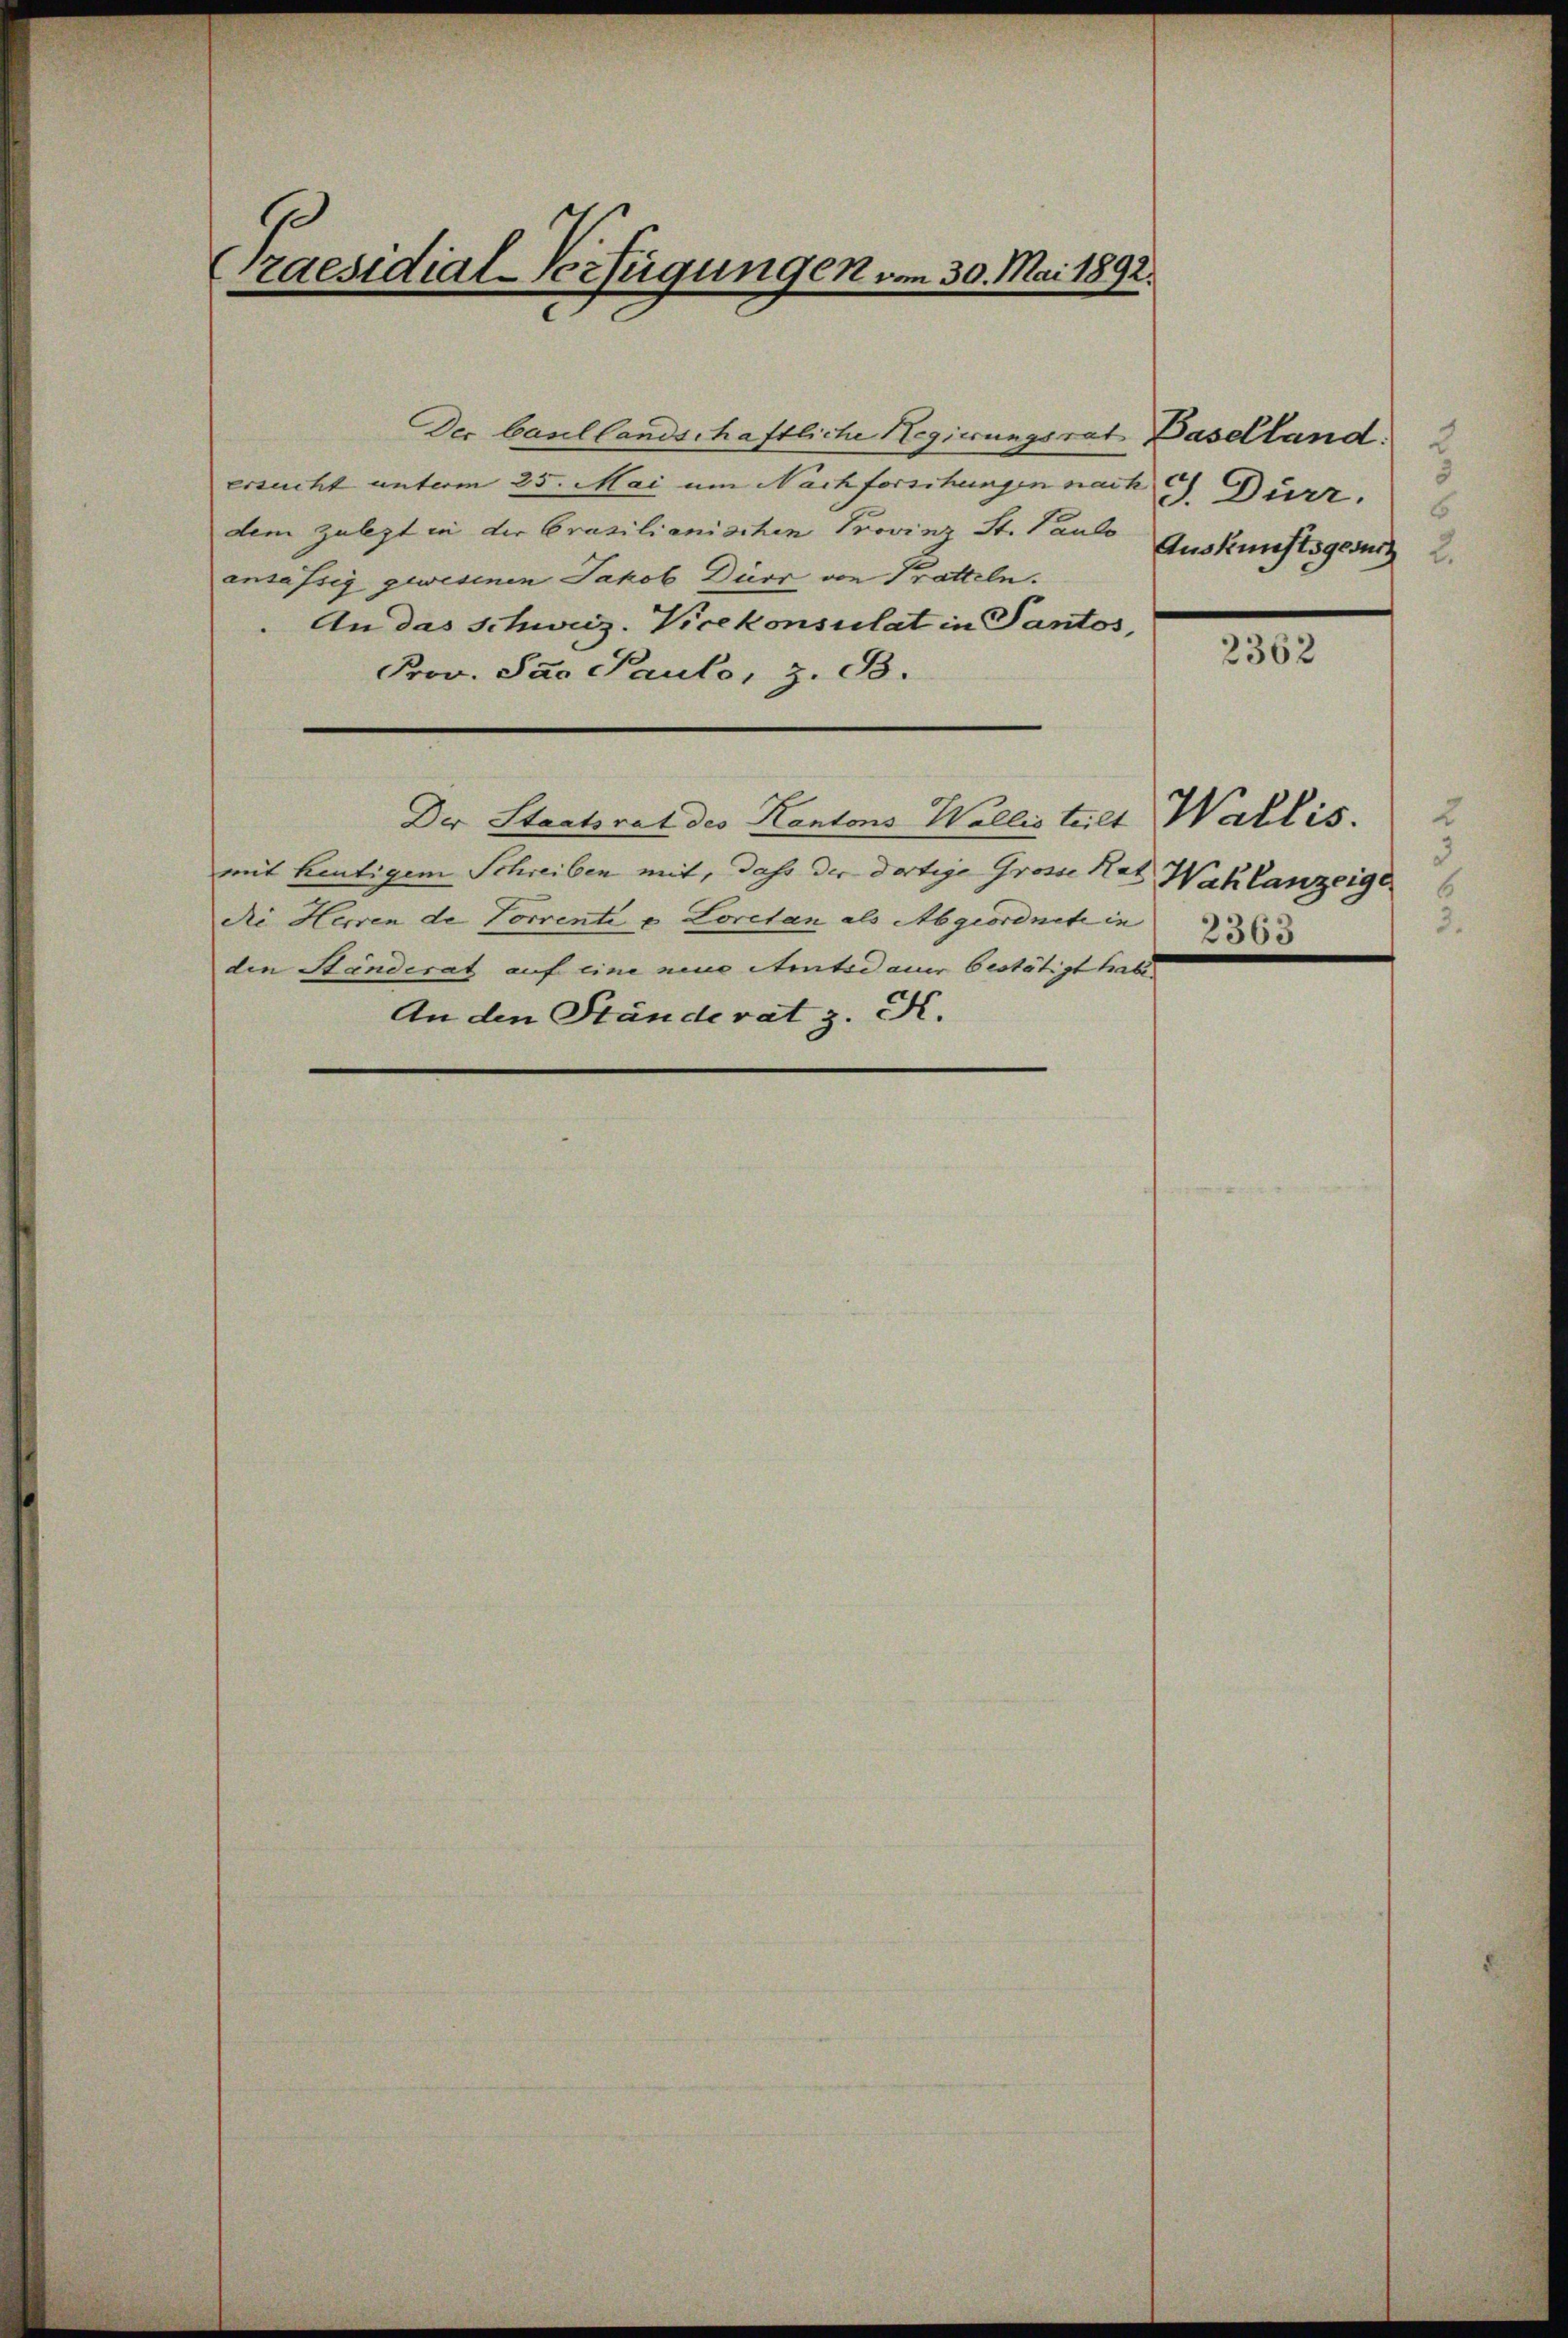
raesidial-Verfügungen vom 30. Mai 1892.

Der basellandschaftliche Regierungsrat
ersucht unterm 25. Mai um Nachforschungen nach
dem Zulezt in der Brasilianischen Provinz St. Paulo
ansässig gewesenen Jakob Dürr von Pratteln.
An das Schweiz. Vicekonsulat in Pantos,
Prov. Pao Paulo, z. B.
Der Staatsrat des Kantons Wallis teilt Wallis. 2
mit heutigem Schreiben mit, daß der dortige Grosse Rat Wahlanzeige
die Herren de Vorrente u. Loretan als Abgeordnete in
den Ständerat auf eine neue Amtsdauer bestätigt habe
An den Ständerat z. K.

Baselland.
3
J. Dürr.
6
Auskunftsgesuch 2.

2362

3
2363